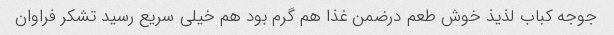
جوجه کباب لذیذ خوش طعم درضمن غذا هم گرم بود هم خیلی سریع رسید تشکر فراوان